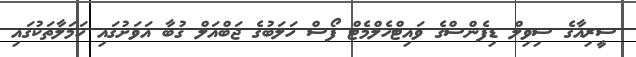
ސީރިއާގެ ސިވިލް ޑިފެންސްގެ ވައިޓްހެލްމެޓް ފޯސް ހަލަބުގެ ޖަބްއަލް ޤުބާ އަވަށުގައި ހަމަލާތަކުގައި